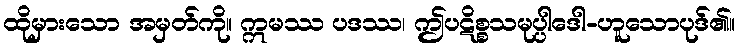
ထိုမှားသော အမှတ်ကို။ ဣမဿ ပဒဿ၊ ဤပဋိစ္စသမုပ္ပါဒေါ-ဟူသောပုဒ်၏။